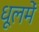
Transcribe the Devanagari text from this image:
धूलमें